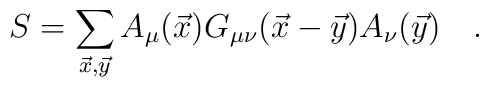
S=\sum_{\vec{x},\vec{y}}A_{\mu}(\vec{x})G_{\mu\nu}(\vec{x}-\vec{y})A_{\nu}(\vec{y})\quad .